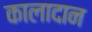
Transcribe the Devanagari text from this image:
कालादान